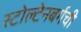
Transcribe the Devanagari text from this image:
स्टोल्टेनबर्गची